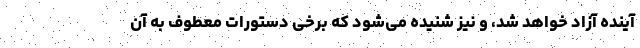
آینده آزاد خواهد شد، و نیز شنیده می‌شود که برخی دستورات معطوف به آن